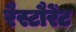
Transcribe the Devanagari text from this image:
रैस्टौरेंट